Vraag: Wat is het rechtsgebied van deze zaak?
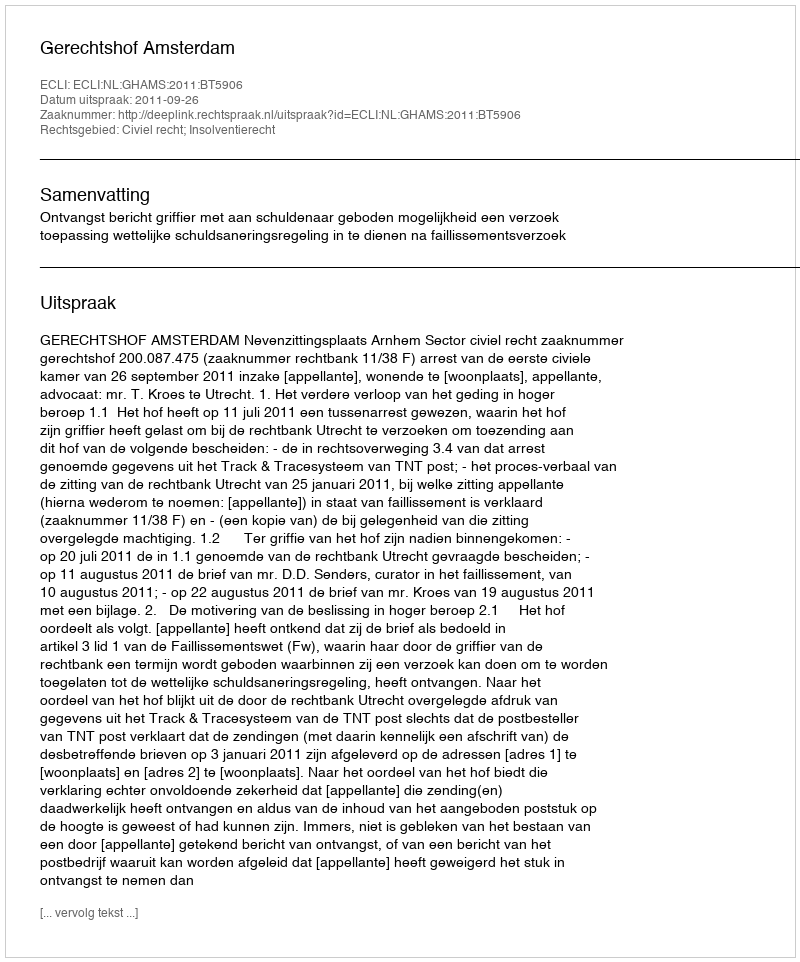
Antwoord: Civiel recht; Insolventierecht